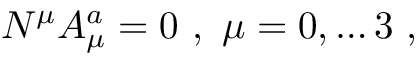
N ^ { \mu } A _ { \mu } ^ { a } = 0 \, \, , \, \, \mu = 0 , \dots 3 \, \, ,